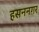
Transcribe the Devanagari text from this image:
हसननगर